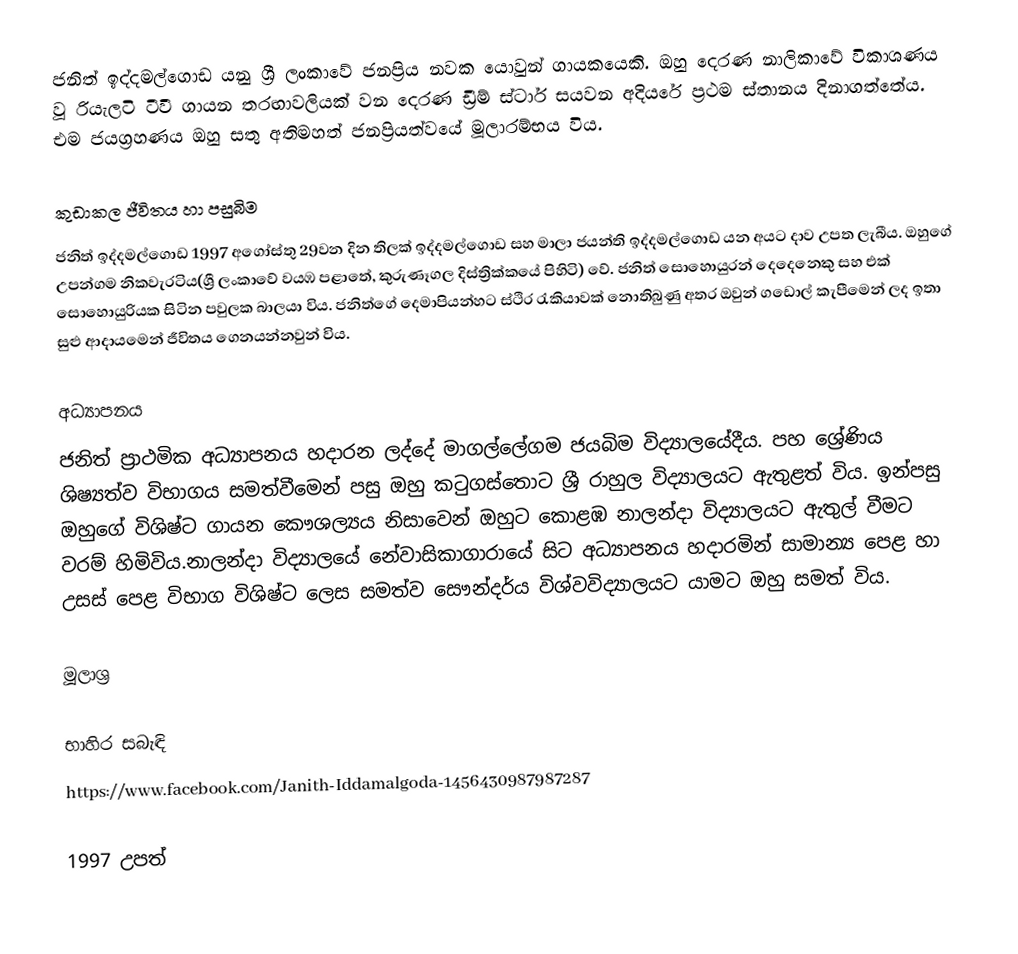
ජනිත් ඉද්දමල්ගොඩ යනු ශ්‍රී ලංකාවේ ජනප්‍රිය නවක යොවුන් ගායකයෙකි. ඔහු දෙරණ නාලිකාවේ විකාශණය වූ රියැලටි ටීවී ගායන තරඟාවලියක් වන දෙරණ ඩ්‍රීම් ස්ටාර් සයවන අදියරේ ප්‍රථම ස්තානය දිනාගත්තේය. එම ජයග්‍රහණය ඔහු සතු අතිමහත් ජනප්‍රියත්වයේ මූලාරම්භය විය.

කුඩාකල ජීවිතය හා පසුබිම
ජනිත් ඉද්දමල්ගොඩ 1997 අගෝස්තු 29වන දින තිලක් ඉද්දමල්ගොඩ සහ මාලා ජයන්ති ඉද්දමල්ගොඩ යන අයට දාව උපත ලැබීය. ඔහුගේ උපන්ගම නිකවැරටිය(ශ්‍රී ලංකාවේ වයඹ පළාතේ, කුරුණෑගල දිස්ත්‍රික්කයේ පිහිටි) වේ. ජනිත් සොහොයුරන් දෙදෙනෙකු සහ එක් සොහොයුරියක සිටින පවුලක බාලයා විය. ජනිත්ගේ දෙමාපියන්හට ස්ථිර රැකියාවක් නොතිබුණු අතර ඔවුන් ගඩොල් කැපීමෙන් ලද ඉතා සුළු ආදායමෙන් ජීවිතය ගෙනයන්නවුන් විය.

අධ්‍යාපනය
ජනිත් ප්‍රාථමික අධ්‍යාපනය හදාරන ලද්දේ මාගල්ලේගම ජයබිම විද්‍යාලයේදීය. පහ ශ්‍රේණිය ශිෂ්‍යත්ව විභාගය සමත්වීමෙන් පසු ඔහු කටුගස්තොට ශ්‍රී රාහුල විද්‍යාලයට ඇතුළත් විය. ඉන්පසු ඔහුගේ විශිෂ්ට ගායන කෞශල්‍යය නිසාවෙන් ඔහුට කොළඹ නාලන්දා විද්‍යාලයට ඇතුල් වීමට වරම් හිමිවිය.නාලන්දා විද්‍යාලයේ නේවාසිකාගාරායේ සිට අධ්‍යාපනය හදාරමින් සාමාන්‍ය පෙළ හා උසස් පෙළ විභාග විශිෂ්ට ලෙස සමත්ව සෞන්දර්ය විශ්වවිද්‍යාලයට යාමට ඔහු සමත් විය.

මූලාශ්‍ර

භාහිර සබැඳි
https://www.facebook.com/Janith-Iddamalgoda-1456430987987287

1997 උපත්